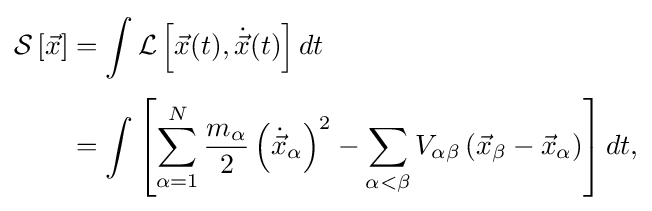
{\begin{aligned}{\mathcal {S}}\left[{\vec {x}}\right]&=\int {\mathcal {L}}\left[{\vec {x}}(t),{\dot {\vec {x}}}(t)\right]dt\\[3pt]&=\int \left[\sum _{\alpha =1}^{N}{\frac {m_{\alpha }}{2}}\left({\dot {\vec {x}}}_{\alpha }\right)^{2}-\sum _{\alpha <\beta }V_{\alpha \beta }\left({\vec {x}}_{\beta }-{\vec {x}}_{\alpha }\right)\right]dt,\end{aligned}}